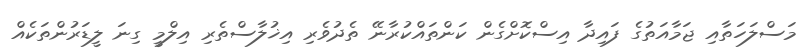
މަސްލަހަތާއި ޖަމާއަތުގެ ފައިދާ އިސްކޮށްގެން ކަންތައްކުރާނޭ ތެދުވެރި އިޚުލާސްތެރި އިލްމީ ގިނަ ލީޑަރުންތަކެއް